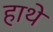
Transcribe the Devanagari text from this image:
हाथे